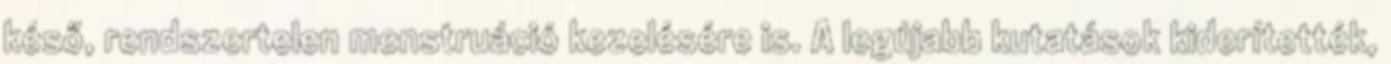
késő, rendszertelen menstruáció kezelésére is. A legújabb kutatások kiderítették,